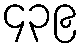
၄၃၉